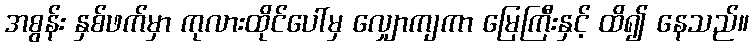
အစွန်း နှစ်ဖက်မှာ ကုလားထိုင်ပေါ်မှ လျှောကျကာ မြေကြီးနှင့် ထိ၍ နေသည်။